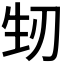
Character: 𭃚